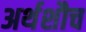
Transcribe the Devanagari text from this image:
अर्थशौच